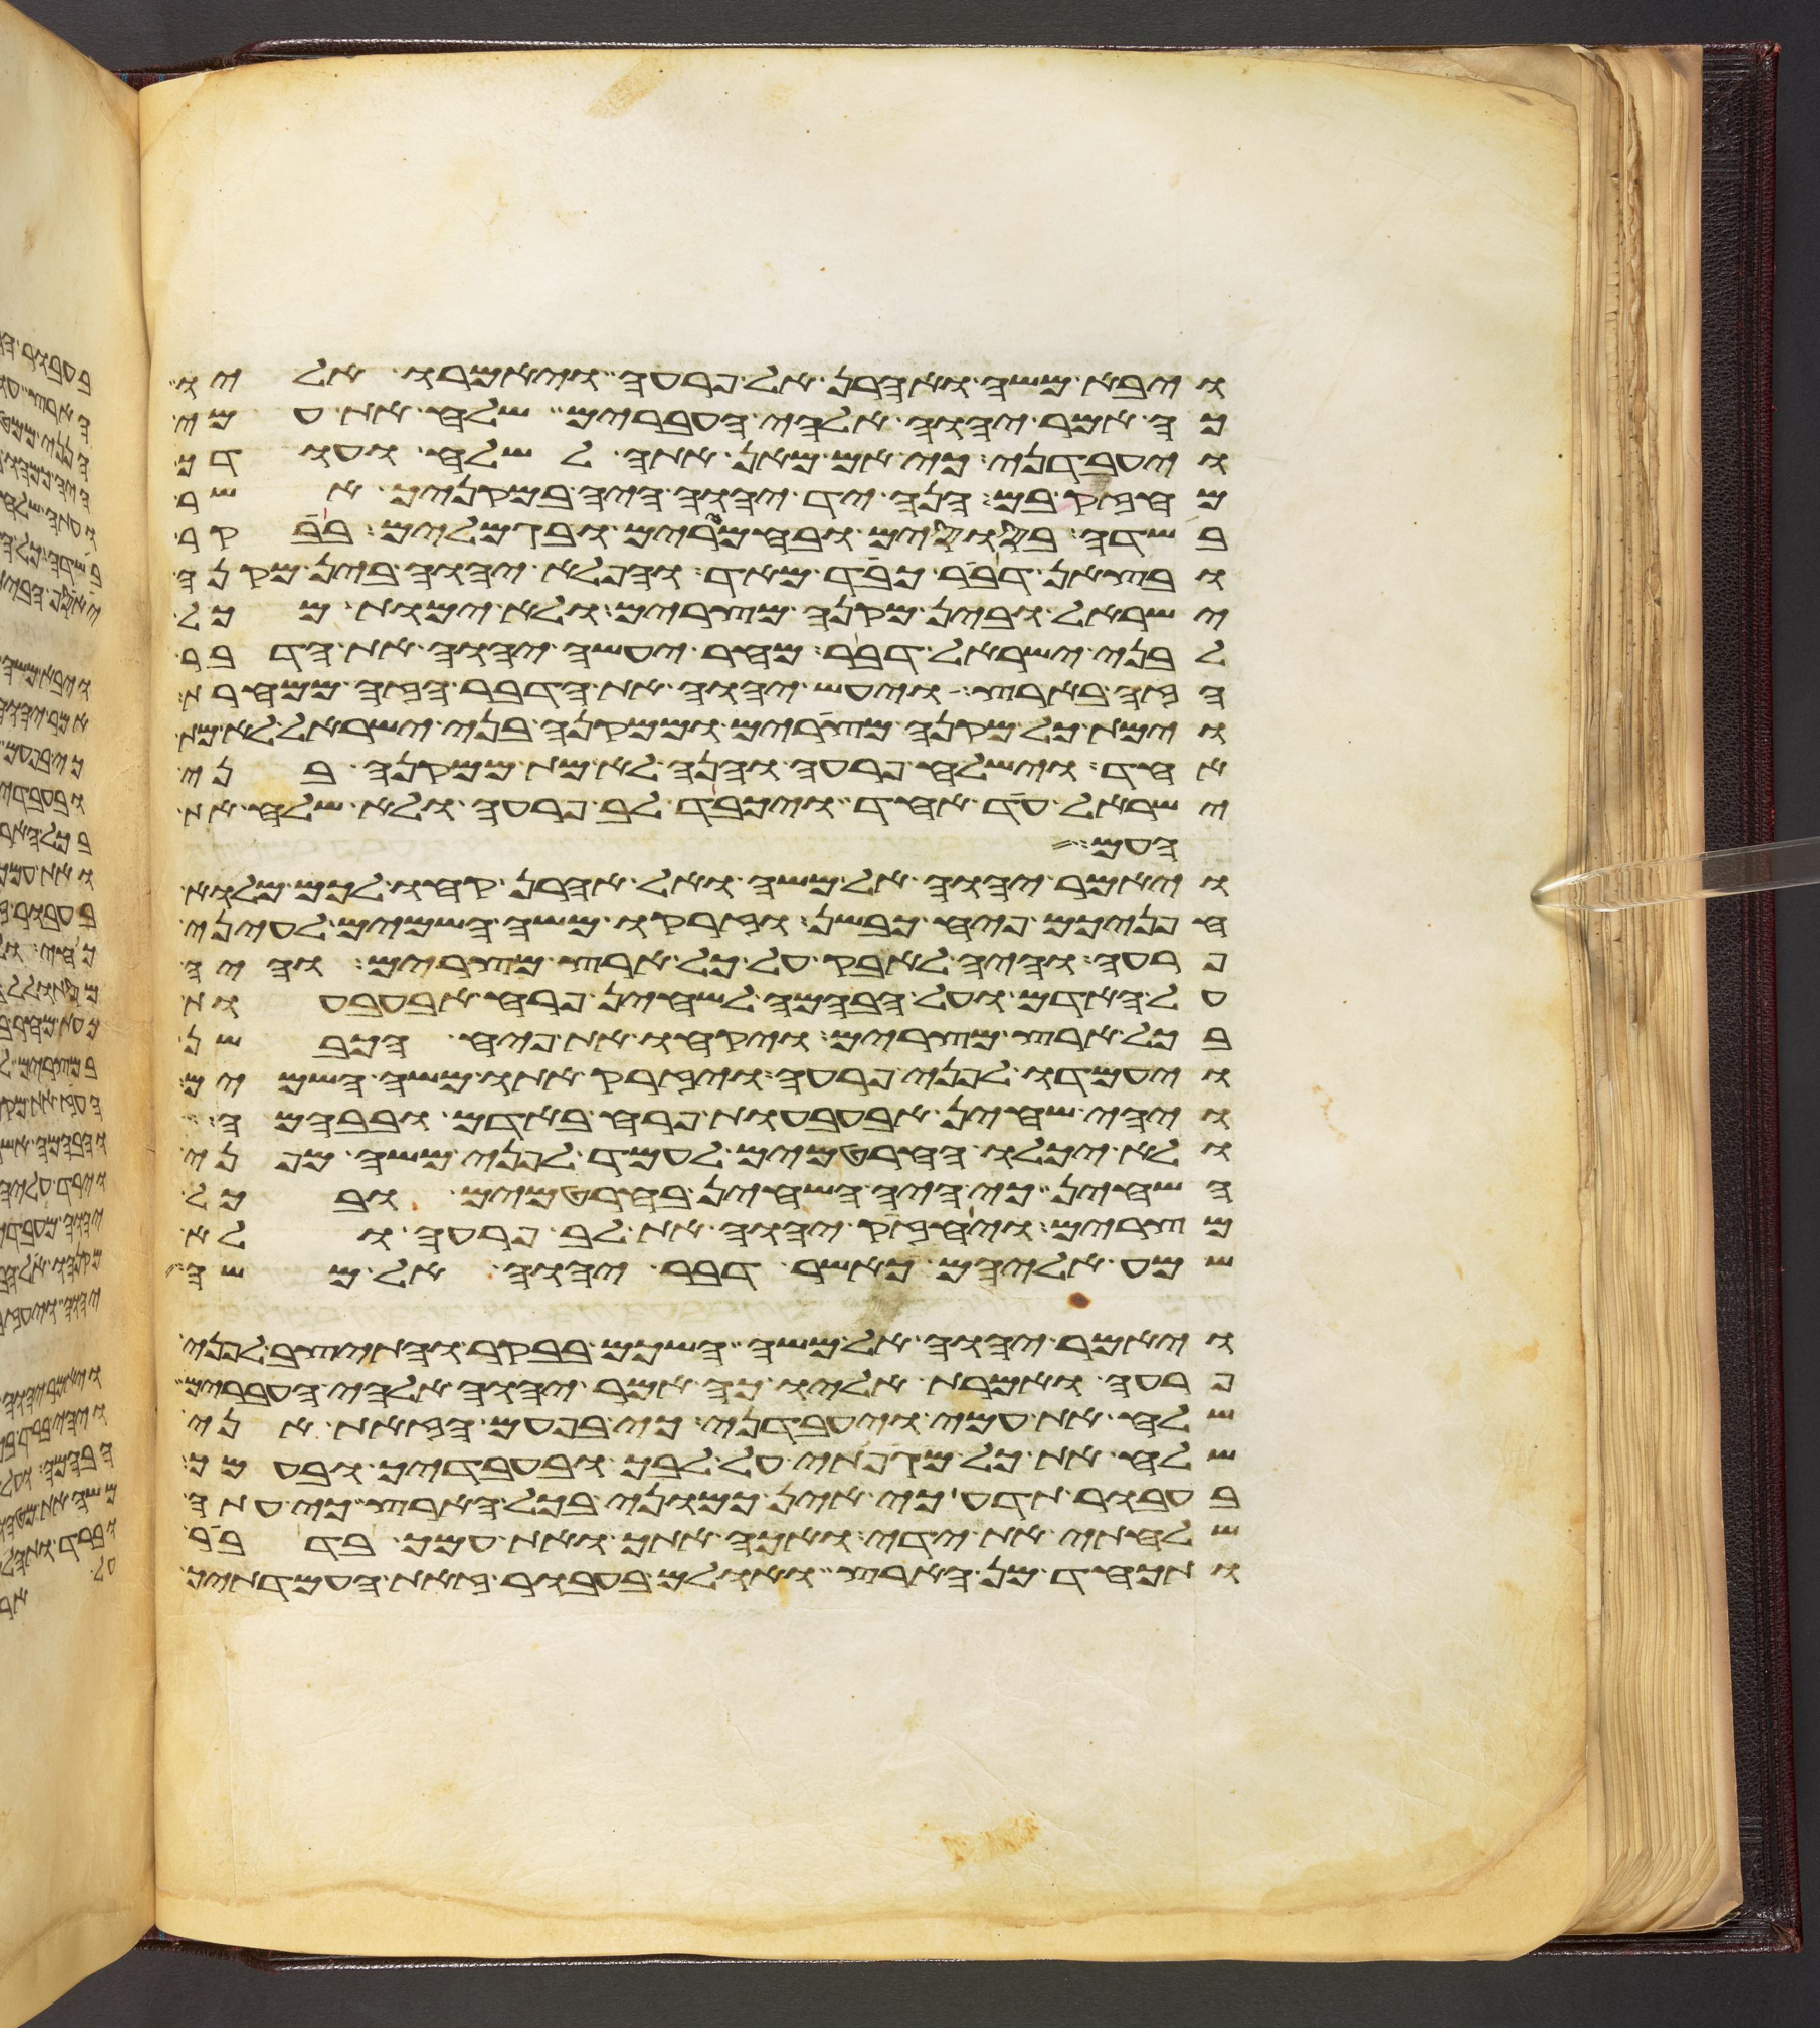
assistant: ויבא משה ואהרן אל פרעה ויאמרו אליו
כה אמר יהוה אלהי העברים שלח את עמי
ויעבדני כי אם מאן אתה לשלח ועודך
מחזק בם הנה יד יהוה היה במקניך אשר
בשדה בסוסים ובחמרים ובגמלים בבקר
ובצאן דבר כבד מאד והפלא יהוה בין מקנה
ישראל ובין מקנה מצרים ולא ימות מכל
לבני ישראל דבר מחר יעשה יהוה את הדבר
הזה בארץ ויעש יהוה את הדבר הזה ממחרת
וימת כל מקנה מצרים וממקנה בני ישראל לא מת
אחד וישלח פרעה והנה לא מת ממקנה בני
ישראל עד אחד ויכבד לב פרעה ולא שלח את
העם
ויאמר יהוה אל משה ואל אהרן קחו לכם מלוא
חפניכם פיח כבשן וזרקו משה השמים לעיני
פרעה והיה לאבק על כל ארץ מצרים והיה
על האדם ועל הבהמה לשחין פרח אבעבעות
בכל ארץ מצרים ויקחו את פיח הכבשן
ויעמדו לפני פרעה ויזרק אתו משה השמים
ויהי שחין אבעבעות פרח באדם ובבהמה
ולא יכלו החרטמים לעמד לפני משה מפני
השחין כי היה השחין בחרטמים ובכל
מצרים ויחזק יהוה את לב פרעה ולא
שמע אליהם כאשר דבר יהוה אל משה
ויאמר יהוה אל משה השכם בבקר והתיצב לפני
פרעה ואמרת אליו כה אמר יהוה אלהי העברים
שלח את עמי ויעבדני כי בפעם הזאת אני
שלח את כל מגפתי על לבך ובעבדיך ובעמך
בעבור תדע כי אין כמוני בכל הארץ כי עתה
שלחתי את ידי ואכה אתך ואת עמך בדבר
ותכחד מן הארץ ואולם בעבור זאת העמדתיך